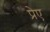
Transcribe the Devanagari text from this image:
प्रेए